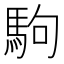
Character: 駒